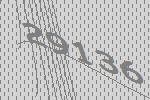
29136